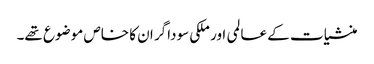
منشیات کے عالمی اور ملکی سوداگر ان کا خاص موضوع تھے۔